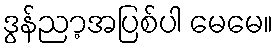
ဒွန်ညာ့အပြစ်ပါ မေမေ။